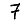
Digit: 7